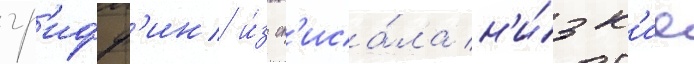
гр'ифф'ин и́з сп'иса́ла н'и́зк'ие